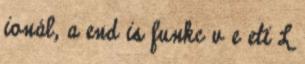
ionál, a end is funkc v e eti L